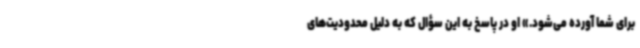
برای شما آورده می‌شود.» او در پاسخ به این سؤال که به دلیل محدودیت‌های